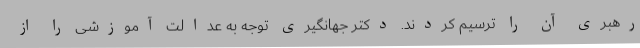
رهبری آن را ترسیم کردند. دکتر جهانگیری توجه به عدالت آموزشی را از